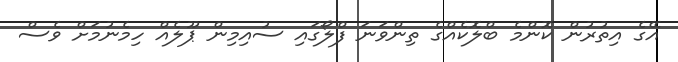
އޭގެ އިތުރުން ކޮންމެ ބްލޮކެއްގެ ތިންވަނަ ފްލޯގައި ސުއިމިން ޕޫލެއް ހިމެނުމަށް ވެސް